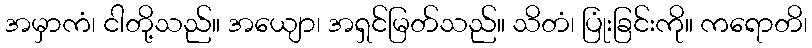
အမှာကံ၊ ငါတို့သည်။ အယျော၊ အရှင်မြတ်သည်။ သိတံ၊ ပြုံးခြင်းကို။ ကရောတိ၊